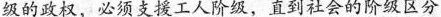
级的政权，必须支援工人阶级，直到社会的阶级区分